Civil Veterinary Department Bihar & Orissa reports 1929-36 - 1929-1936
Year: 1929
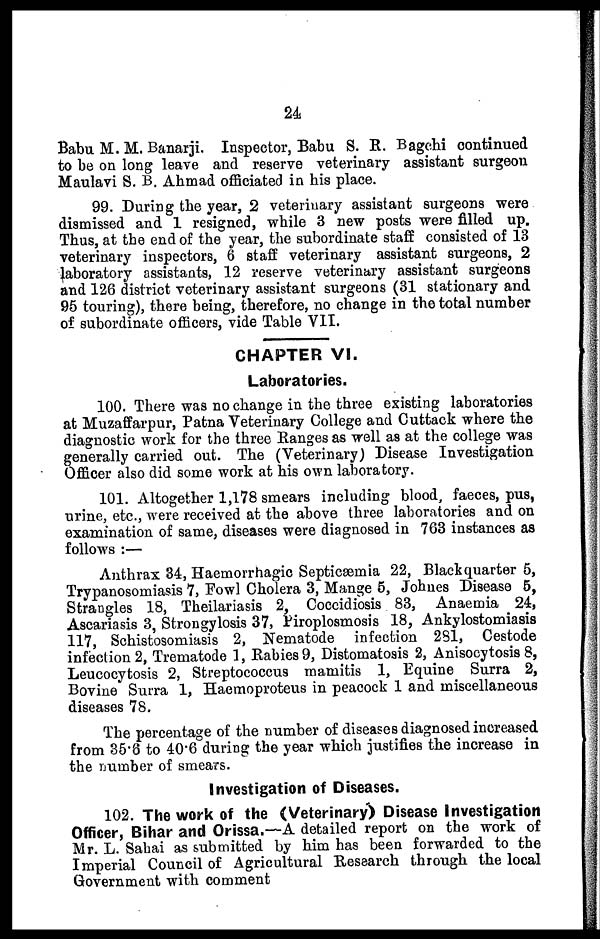
24
Babu M. M. Banarji. Inspector, Babu S. R. Bagchi continued
to be on long leave and reserve veterinary assistant surgeon
Maulavi S. B. Ahmad officiated in his place.
99. During the year, 2 veterinary assistant surgeons were
dismissed and 1 resigned, while 3 new posts were filled up.
Thus, at the end of the year, the subordinate staff consisted of 13
veterinary inspectors, 6 staff veterinary assistant surgeons, 2
laboratory assistants, 12 reserve veterinary assistant surgeons
and 126 district veterinary assistant surgeons (31 stationary and
95 touring), there being, therefore, no change in the total number
of subordinate officers, vide Table VII.
CHAPTER VI.
Laboratories.
100. There was no change in the three existing laboratories
at Muzaffarpur, Patna Veterinary College and Cuttack where the
diagnostic work for the three Ranges as well as at the college was
generally carried out. The (Veterinary) Disease Investigation
Officer also did some work at his own laboratory.
101. Altogether 1,178 smears including blood, faeces, pus,
urine, etc., were received at the above three laboratories and on
examination of same, diseases were diagnosed in 763 instances as
follows :—
Anthrax 34, Haemorrhagic Septicæmia 22, Blackquarter 5,
Trypanosomiasis 7, Fowl Cholera 3, Mange 5, Johnes Disease 5,
Strangles 18, Theilariasis 2, Coccidiosis 83, Anaemia 24,
Ascariasis 3, Strongylosis 37, Piroplosmosis 18, Ankylostomiasis
117, Schistosomiasis 2, Nematode infection 281, Cestode
infection 2, Trematode 1, Rabies 9, Distomatosis 2, Anisocytosis 8,
Leucocytosis 2, Streptococcus mamitis 1, Equine Surra 2,
Bovine Surra 1, Haemoproteus in peacock 1 and miscellaneous
diseases 78.
The percentage of the number of diseases diagnosed increased
from 35.8 to 40.6 during the year which justifies the increase in
the number of smears.
Investigation of Diseases.
102. The work of the (Veterinary) Disease Investigation
Officer, Bihar and Orissa.—A detailed report on the work of
Mr. L. Sahai as submitted by him has been forwarded to the
Imperial Council of Agricultural Research through the local
Government with comment